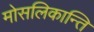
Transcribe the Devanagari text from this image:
मोसलिकान्ति